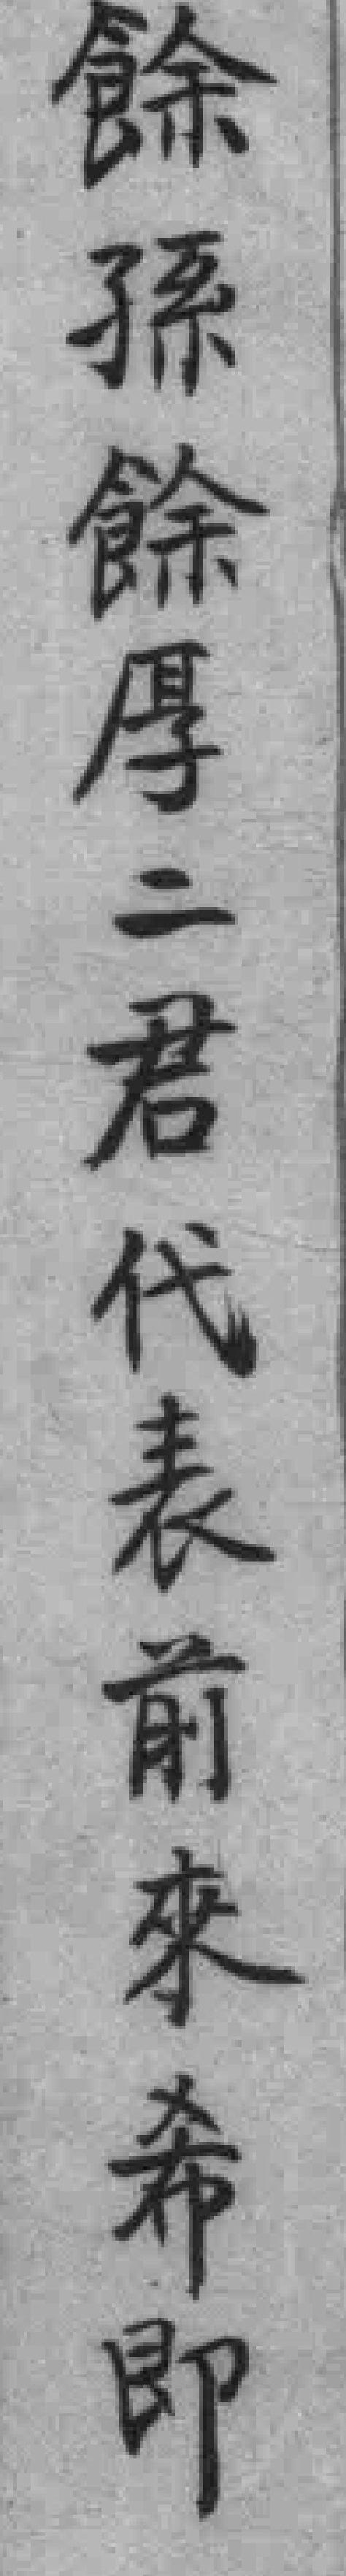
餘孫餘厚二君代表前來希即